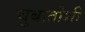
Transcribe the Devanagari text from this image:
चुबातोशी